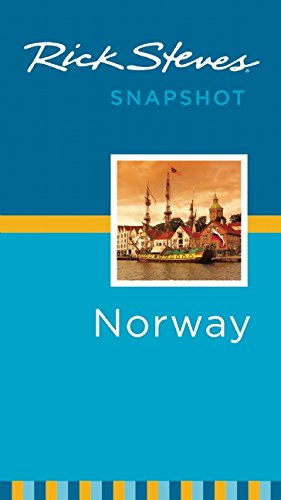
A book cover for Rick Steves Snapshot Norway; Rick Steves; Travel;